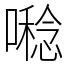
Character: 𡀝